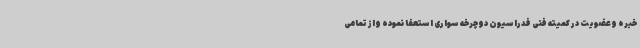
خبره وعضویت در کمیته فنی فدراسیون دوچرخه سواری استعفا نموده واز تمامی